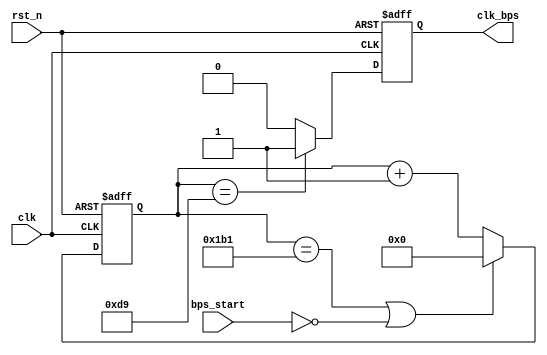
`timescale 1ns / 1ps
//////////////////////////////////////////////////////////////////////////////////
// Company: 
// Engineer: 
// 
// Design Name: 
// Module Name:    UART_CLOCK 
// Project Name: 
// Target Devices: 
// Tool versions: 
// Description: 
//
// Dependencies: 
//
// Revision: 
// Revision 0.01 - File Created
// Additional Comments: 
//
//////////////////////////////////////////////////////////////////////////////////
module UART_CLOCK(
   clk,rst_n,
	bps_start,clk_bps
			);

input clk;	// 50MHz
input rst_n;	//
input bps_start;	//
output clk_bps;	// clk_bps 

/*
parameter 		bps9600 	= 5208,	//9600bps
			 	bps19200 	= 2604,	//19200bps
				bps38400 	= 1302,	//38400bps
				bps57600 	= 868,	//57600bps
				bps115200	= 434;	//115200bps
				bps115200	= 41667;	//1200bps

parameter 		bps9600_2 	= 2604,
				bps19200_2	= 1302,
				bps38400_2	= 651,
				bps57600_2	= 434,
				bps115200_2 = 217;  
				bps115200_2 = 20834;
*/

	//
`define		BPS_PARA		434	//115200bps
`define 	BPS_PARA_2		217	//115200
/*
`define		BPS_PARA		41667	//1200bps
`define 	BPS_PARA_2		20834	//1200
*/

reg[12:0] cnt;			//
reg clk_bps_r;			//

//----------------------------------------------------------
//reg[2:0] uart_ctrl;	// uart
//----------------------------------------------------------

always @ (posedge clk or negedge rst_n)
	if(!rst_n) cnt <= 13'd0;
	else if((cnt == (`BPS_PARA-1)) || !bps_start) cnt <= 13'd0;	//
	else cnt <= cnt+1'b1;			//

always @ (posedge clk or negedge rst_n)
	if(!rst_n) clk_bps_r <= 1'b0;
	else if(cnt == `BPS_PARA_2) clk_bps_r <= 1'b1;	// clk_bps_r,
	else clk_bps_r <= 1'b0;

assign clk_bps = clk_bps_r;

endmodule